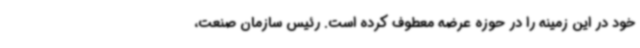
خود در این زمینه را در حوزه عرضه معطوف کرده است. رئیس سازمان صنعت،